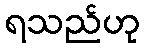
ရသည်ဟု